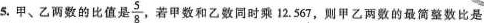
5.甲、乙两数的比值是\frac{5}{8}若甲数和乙数同时乘12.567，则甲乙两数的最简整数比是